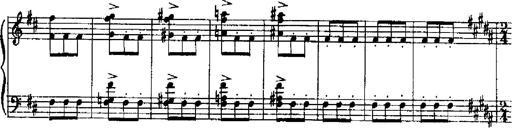
Title: RÃ©miniscences de Robert le diable
Composer: Franz Liszt